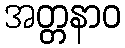
အတ္တနာဝ